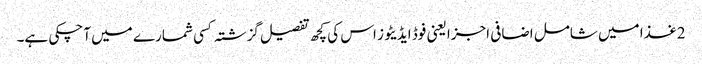
2غذا میں شامل اضافی اجزا یعنی فوڈ ایڈیٹوز اس کی کچھ تفصیل گزشتہ کسی شمارے میں آچکی ہے۔